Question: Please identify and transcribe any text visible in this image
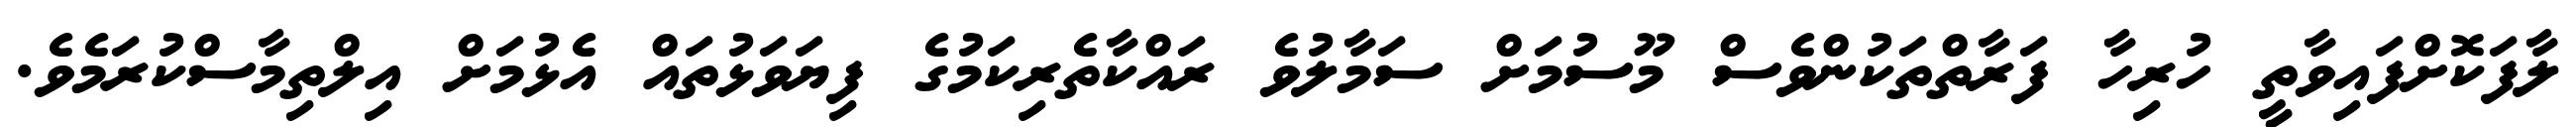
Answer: ލާފަކޮށްފައިވާތީ ހުރިހާ ފަރާތްތަކުންވެސް މޫސުމަށް ސަމާލުވެ ރައްކާތެރިކަމުގެ ފިޔަވަޅުތައް އެޅުމަށް އިލްތިމާސްކުރަމެވެ.